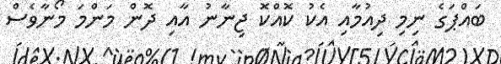
ބައްޕަގެ ނިމި ދިއުމާއި އެކު ކޮއްކޮ ޖިނާނު އާއި ދޮން މަންމަ މޯނާވެސް